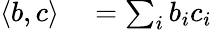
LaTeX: \begin{array}{rl}{\langle b,c\rangle}&{{}=\sum_{i}b_{i}c_{i}}\end{array}